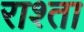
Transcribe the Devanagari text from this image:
राश्ता